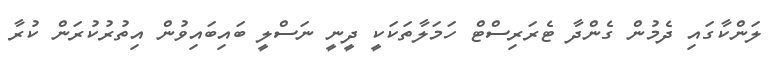
ލަންކާގައި ދެމުން ގެންދާ ޓެރަރިސްޓް ހަމަލާތަކަކީ ދީނީ ނަސްލީ ބައިބައިވުން އިތުރުކުރަން ކުރާ